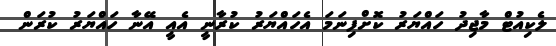
ލެކިއުޓް މާޖިދު ހައްޔަރު ކޮށްފިނަމަ އެހައްޔަރު ކުރާނީ އެއީ އޭނާ ހައްޔަރު ކުރަން